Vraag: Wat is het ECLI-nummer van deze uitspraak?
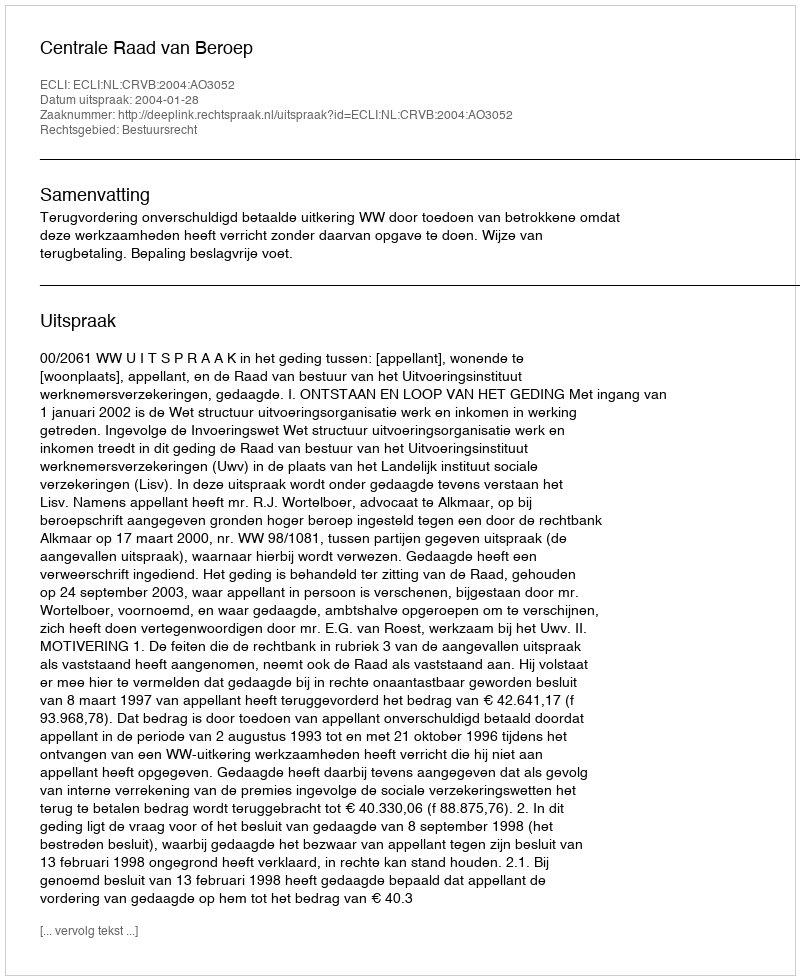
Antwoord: ECLI:NL:CRVB:2004:AO3052